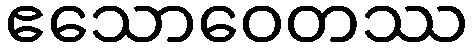
ဧသောဝေတဿ